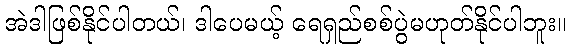
အဲဒါဖြစ်နိုင်ပါတယ်၊ ဒါပေမယ့် ရေရှည်စစ်ပွဲမဟုတ်နိုင်ပါဘူး။